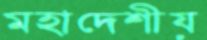
মহাদেশীয়